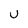
Character: U